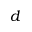
d